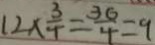
1 2 \times \frac { 3 } { 4 } = \frac { 3 6 } { 4 } = 9